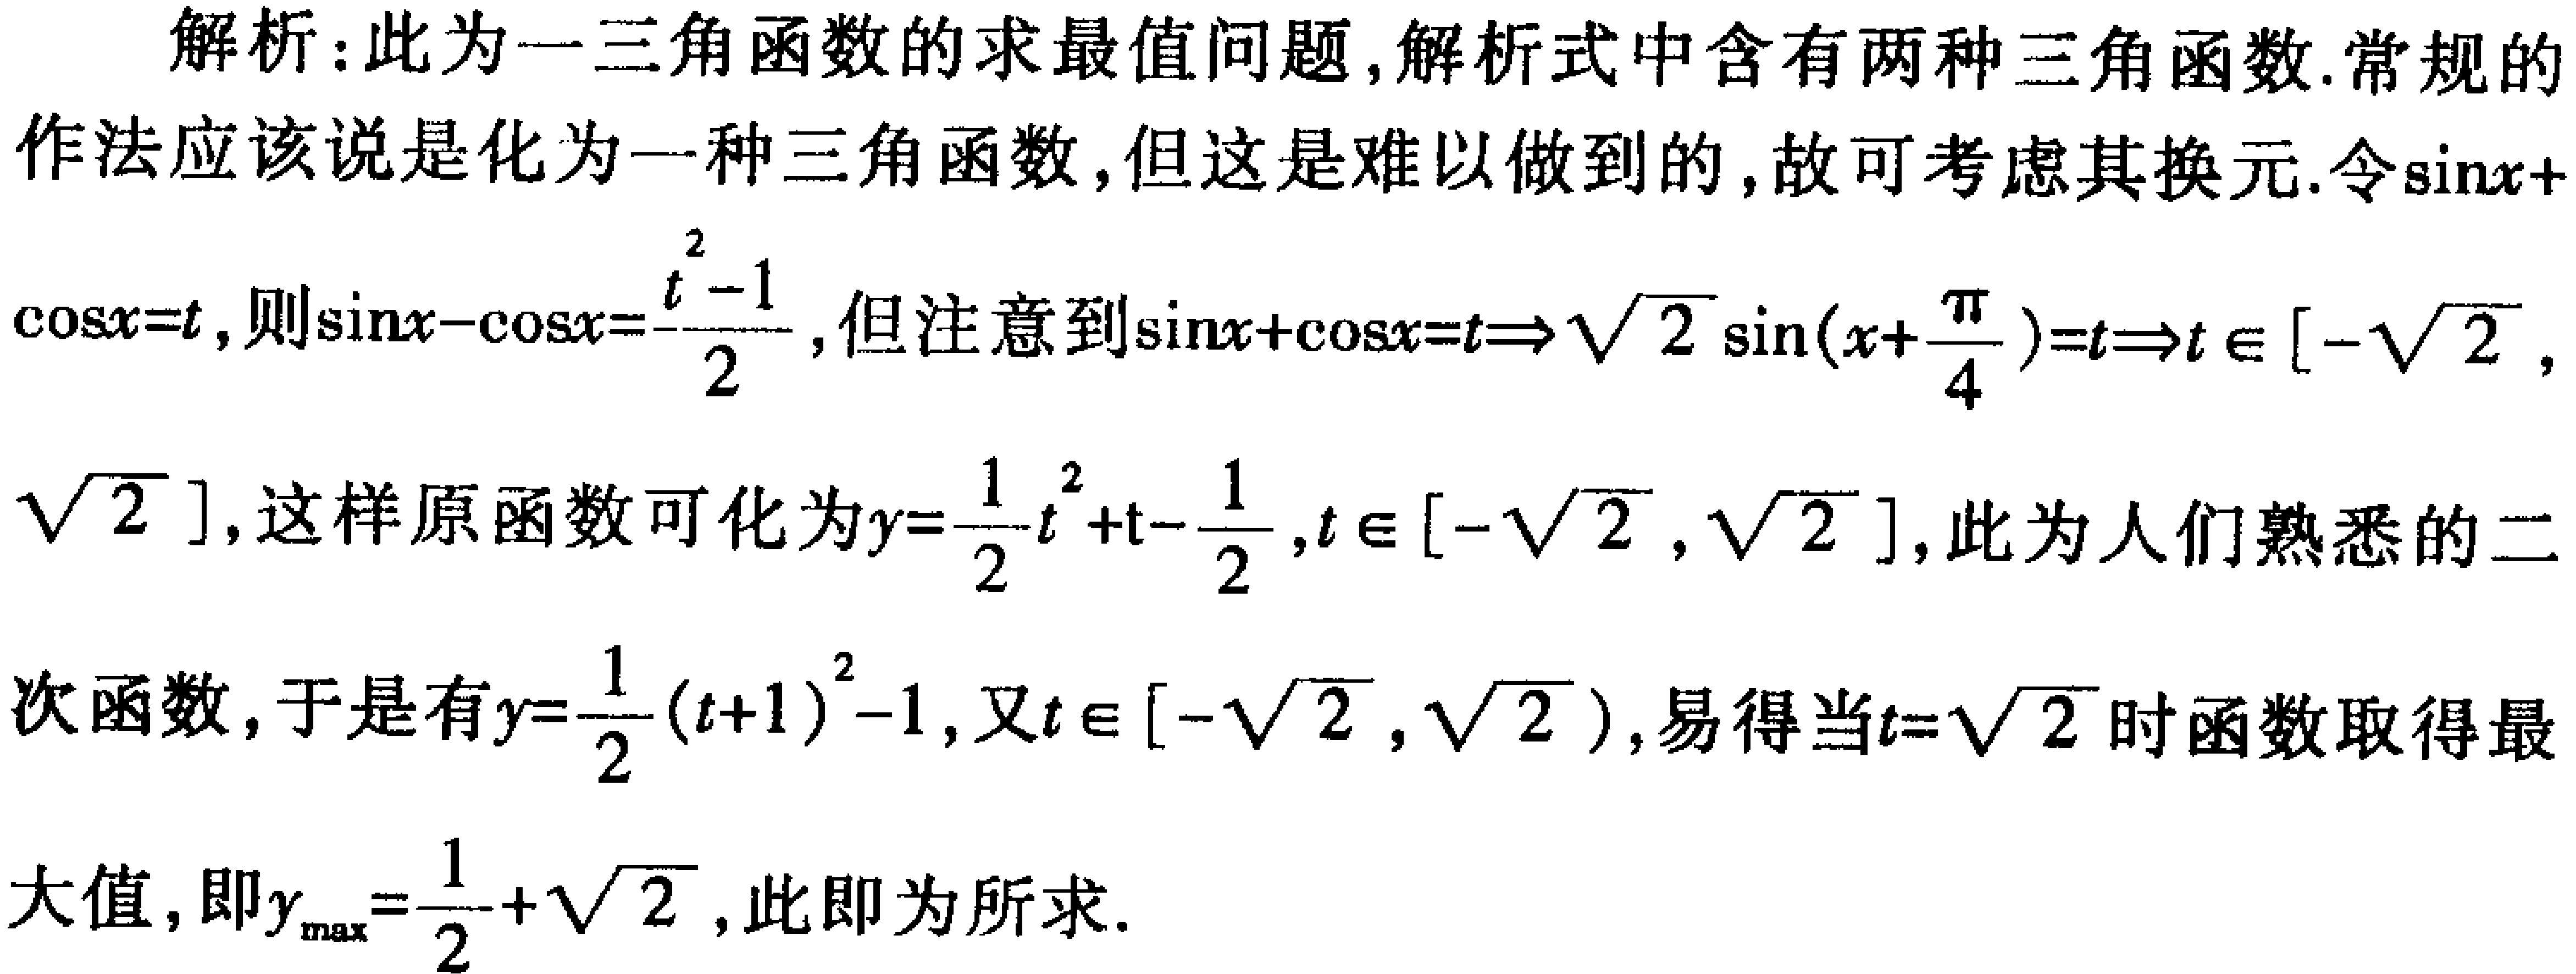
解析：此为一三角函数的求最值问题,解析式中含有两种三角函数.常规的作法应该说是化为一种三角函数,但这是难以做到的,故可考虑其换元.令\(\sin x + \cos x=t\),则\(\sin x-\cos x = \frac{t^{2}-1}{2}\),但注意到\(\sin x+\cos x=t\Rightarrow\sqrt{2}\sin(x + \frac{\pi}{4})=t\Rightarrow t\in[-\sqrt{2},\sqrt{2}]\),这样原函数可化为\(y = \frac{1}{2}t^{2}+t-\frac{1}{2},t\in[-\sqrt{2},\sqrt{2}]\),此为人们熟悉的二次函数,于是有\(y=\frac{1}{2}(t + 1)^{2}-1\),又\(t\in[-\sqrt{2},\sqrt{2}]\),易得当\(t = \sqrt{2}\)时函数取得最大值,即\(y_{\max}=\frac{1}{2}+\sqrt{2}\),此即为所求.